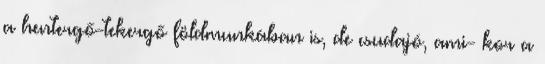
a hentergő-tekergő földmunkában is, de csudajó, ami- kor a